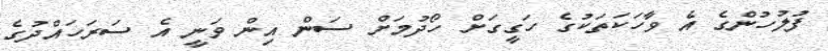
ފުލުހުންގެ އެ ވާހަކަތަކުގެ ހަގީގަށް ހޯދުމަށް ސަން އިން ވަނީ އެ ސަރަހައްދުގެ